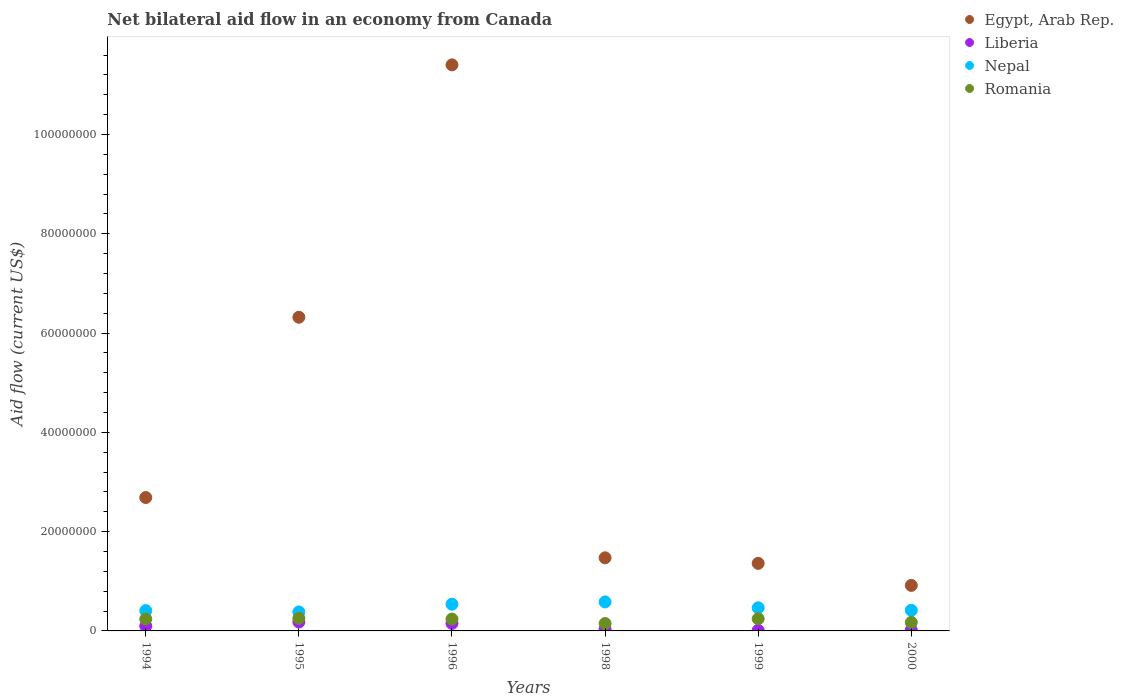
| Years | Egypt, Arab Rep. | Liberia | Nepal | Romania |
 | --- | --- | --- | --- | --- |
 | 1994 | 2.69e+07 | 9.9e+05 | 4.09e+06 | 2.39e+06 |
 | 1995 | 6.32e+07 | 1.8e+06 | 3.82e+06 | 2.53e+06 |
 | 1996 | 1.14e+08 | 1.52e+06 | 5.38e+06 | 2.39e+06 |
 | 1998 | 1.47e+07 | 3.4e+05 | 5.84e+06 | 1.49e+06 |
 | 1999 | 1.36e+07 | 1e+05 | 4.66e+06 | 2.45e+06 |
 | 2000 | 9.17e+06 | 1.9e+05 | 4.15e+06 | 1.71e+06 |